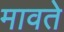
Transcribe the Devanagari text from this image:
मावते